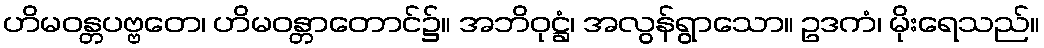
ဟိမဝန္တပဗ္ဗတေ၊ ဟိမဝန္တာတောင်၌။ အဘိဝုဋ္ဌံ၊ အလွန်ရွာသော။ ဥဒကံ၊ မိုးရေသည်။